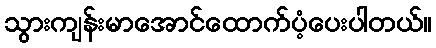
သွားကျန်းမာအောင်ထောက်ပံ့ပေးပါတယ်။